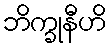
ဘိက္ခုနီဟိ